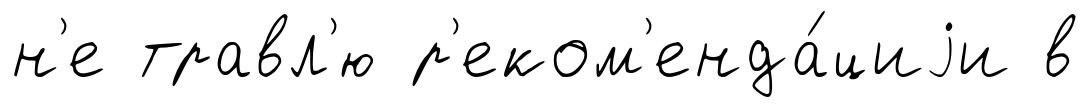
н'е травл'ю р'еком'енда́циjи в